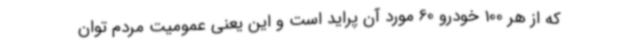
که از هر 100 خودرو 60 مورد آن پراید است و این یعنی عمومیت مردم توان